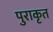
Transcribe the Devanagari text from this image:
पुराकृत